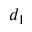
d _ { 1 }